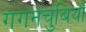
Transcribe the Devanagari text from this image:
गगनचुंबियाँ